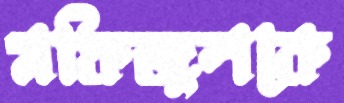
মফিজুলকে